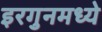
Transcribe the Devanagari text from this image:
इरगुनमध्ये